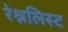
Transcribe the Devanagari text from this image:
रेश्नलिस्ट